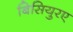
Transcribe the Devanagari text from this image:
बिसियुरए